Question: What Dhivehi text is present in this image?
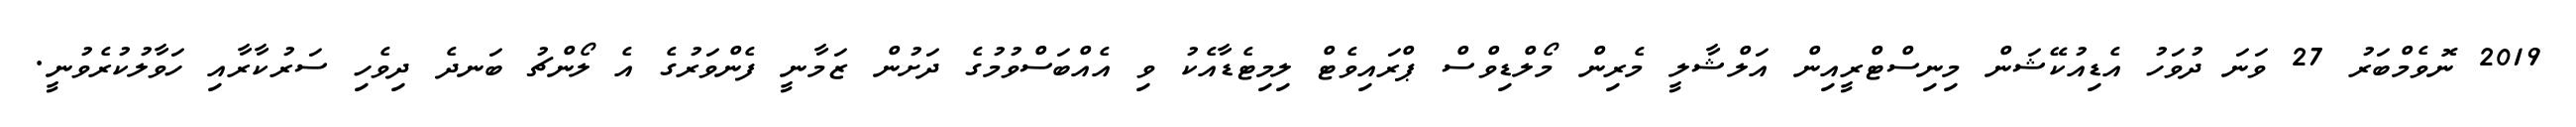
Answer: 2019 ނޮވެމްބަރު 27 ވަނަ ދުވަހު އެޑިއުކޭޝަން މިނިސްޓްރީއިން އަލްޝާލީ މެރިން މޯލްޑިވްސް ޕްރައިވެޓް ލިމިޓެޑާއެކު ވި އެއްބަސްވުމުގެ ދަށުން ޒަމާނީ ފެންވަރުގެ އެ ލޯންޗު ބަނދެ ދިވެހި ސަރުކާރާއި ހަވާލުކުރެވުނީ.